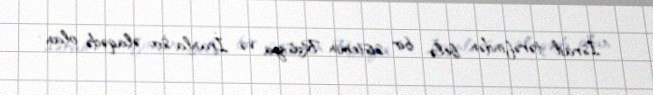
“İsrail tərəfindən belə bir sistemin Rusiya və İranla sıx əlaqədə olan